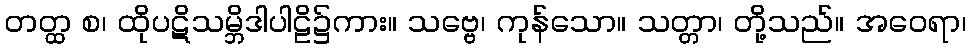
တတ္ထ စ၊ ထိုပဋိသမ္ဘိဒါပါဠိ၌ကား။ သဗ္ဗေ၊ ကုန်သော။ သတ္တာ၊ တို့သည်။ အဝေရာ၊